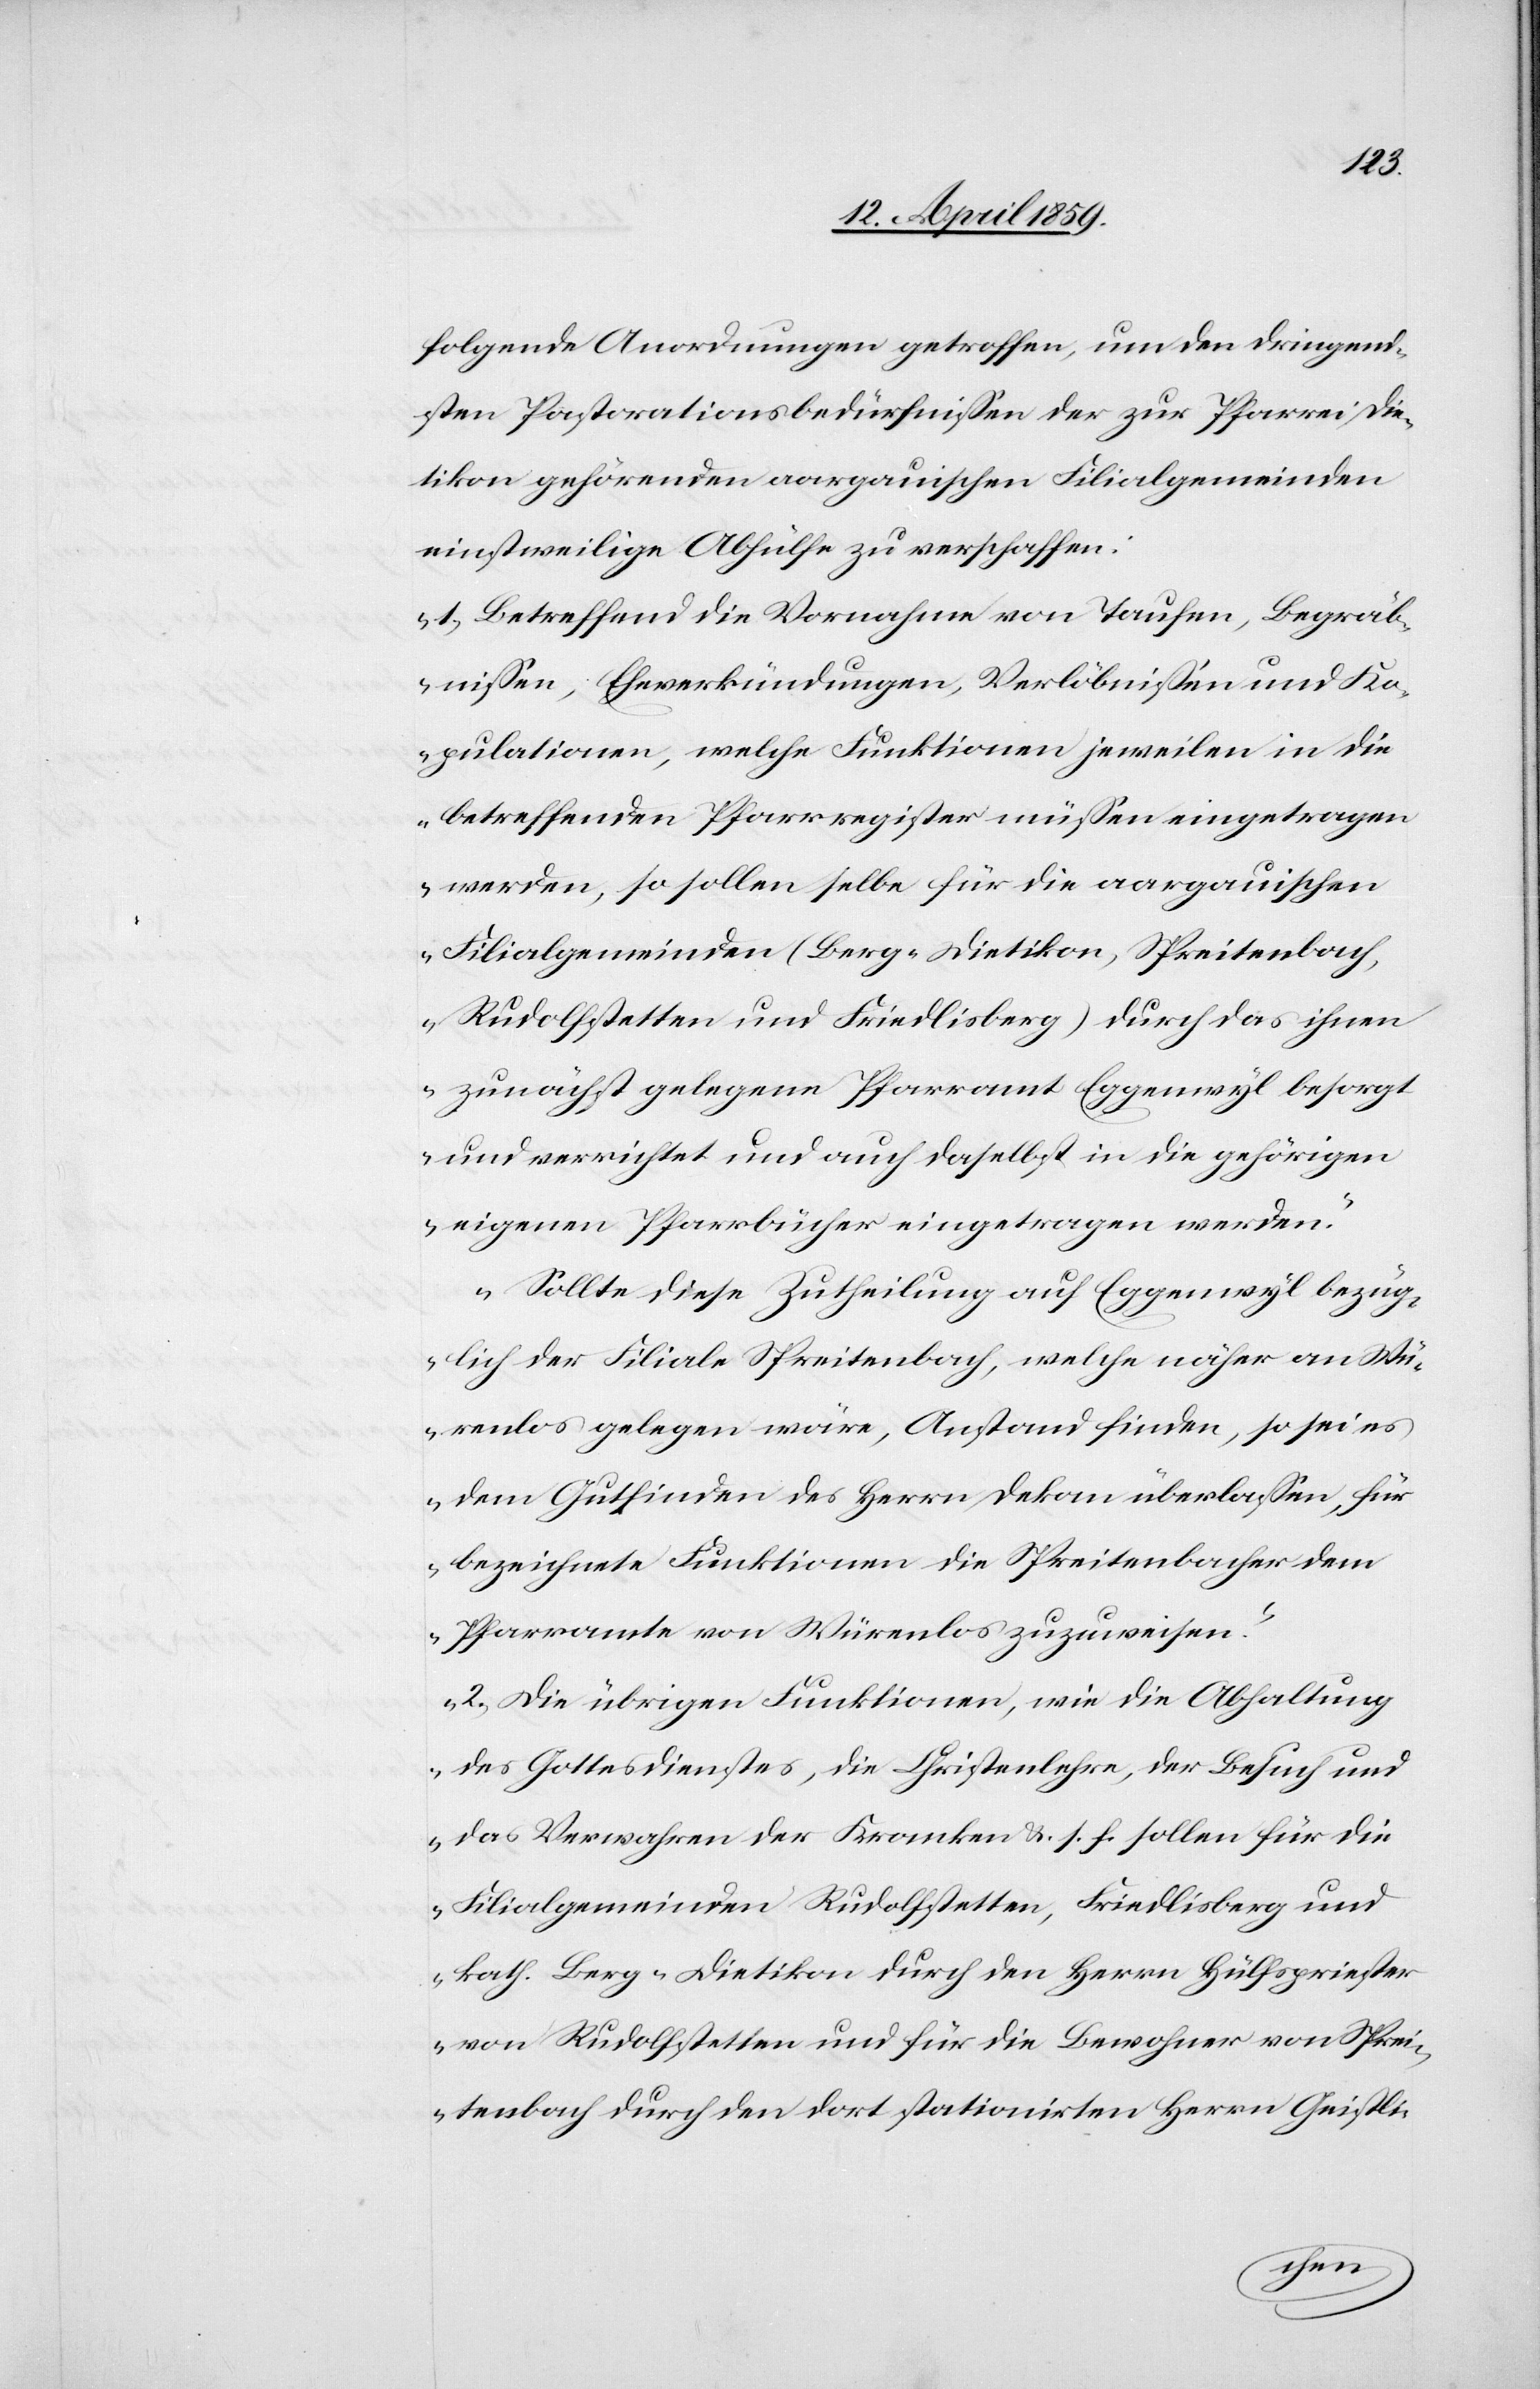
folgende Anordnungen getroffen, um den dringend¬
sten Pastorationsbedürfnißen der zur Pfarrei Die¬
tikon gehörenden aargauischen Filialgemeinden
einstweilige Abhülfe zu verschaffen:
„1) Betreffend die Vornahme von Taufen, Begräb¬
nißen, Eheverkündungen, Verlöbnißen und Ko¬
pulationen, welche Funktionen jeweilen in die
betreffenden Pfarrregister müßen eingetragen
werden, so sollen selbe für die aargauischen
Filialgemeinden (Berg-Dietikon, Spreitenbach,
Rudolfstetten und Friedlisberg) durch das ihnen
zunächst gelegene Pfarramt Eggenwyl besorgt
und verrichtet und auch daselbst in die gehörigen
eigenen Pfarrbücher eingetragen werden.“
„Sollte diese Zutheilung auf Eggenwyl bezüg¬
lich der Filiale Spreitenbach, welche näher an Wü¬
renlos gelegen wäre, Anstand finden, so sei es
dem Gutfinden des Herrn Dekan überlaßen, für
bezeichnete Funktionen die Spreitenbacher dem
Pfarramte von Würenlos zuzuweisen.“
„2) Die übrigen Funktionen, wie die Abhaltung
des Gottesdienstes, die Christenlehre, der Besuch und
das Verwahren der Kranken &. s. f. sollen für die
Filialgemeinden Rudolfstetten, Friedlisberg und
kath. Berg-Dietikon durch den Herrn Hülfspriester
von Rudolfstetten und für die Bewohner von Sprei¬
tenbach durch den dort stationirten Herrn Geistli-